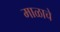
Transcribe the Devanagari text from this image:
माळाचे